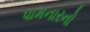
પામનારનો